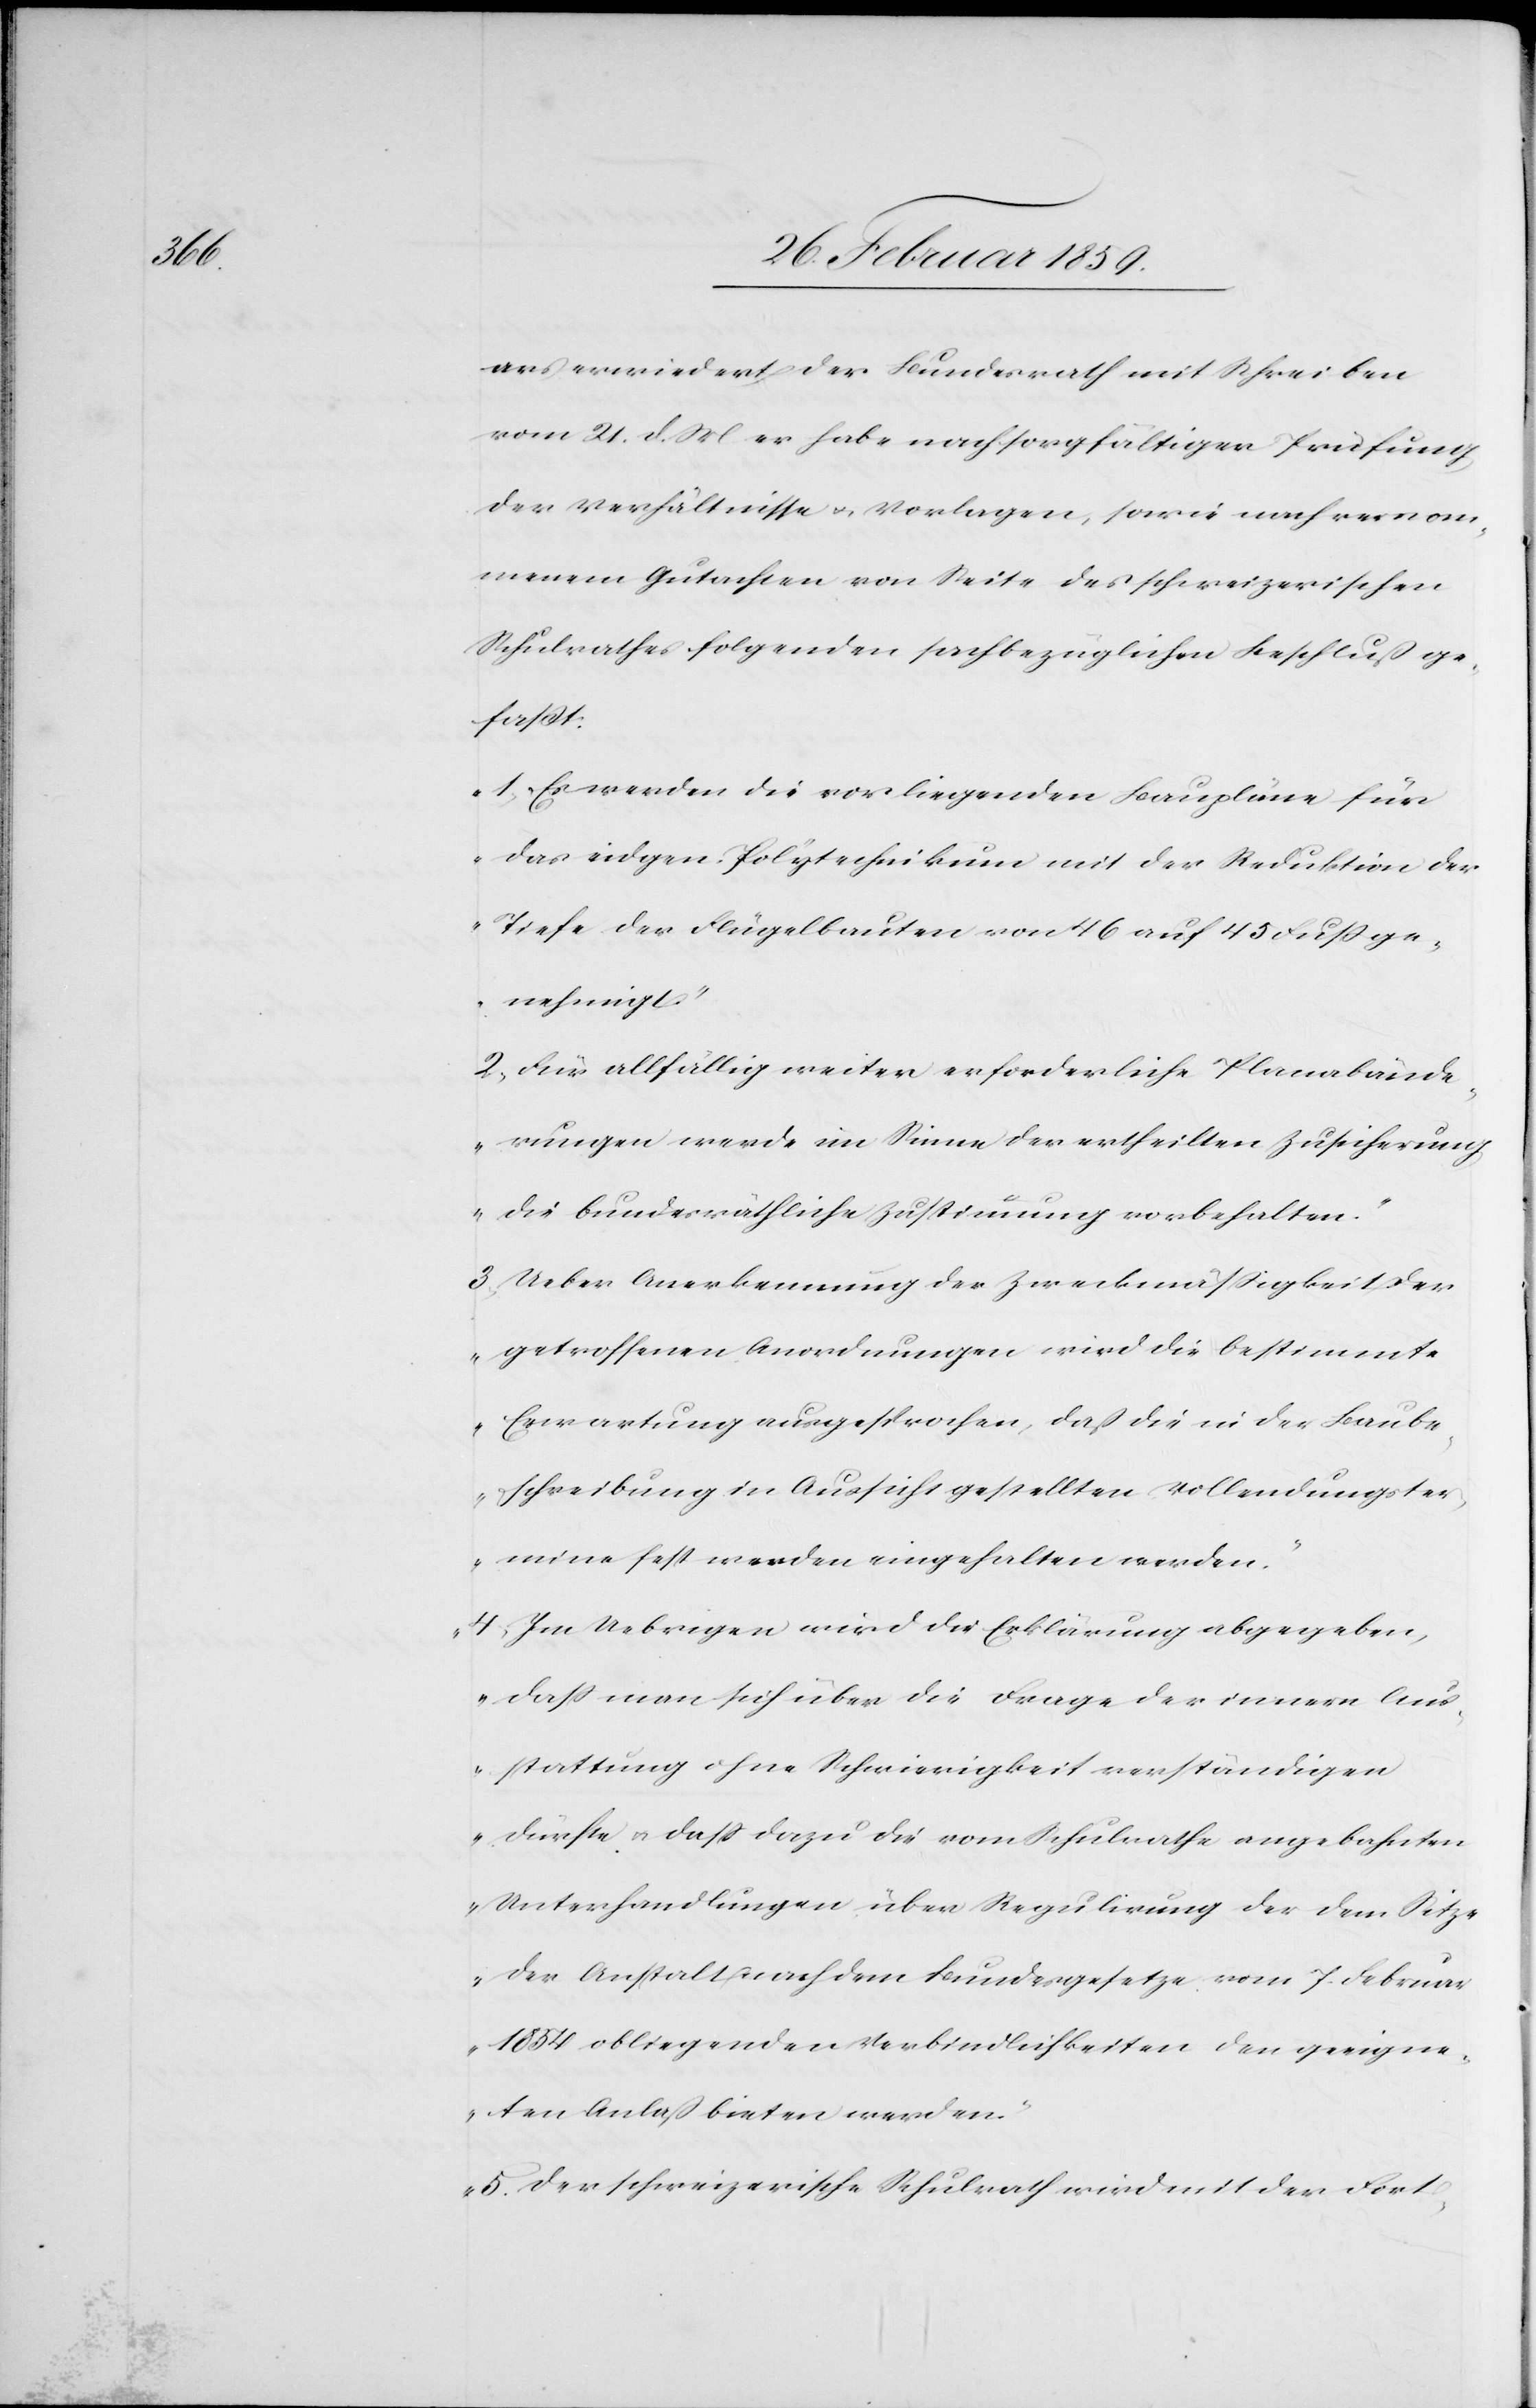
ars erwiedert der Bundesrath mit Schreiben
vom 21. d. M er habe nach sorgfältiger Prüfung
der Verhältnisse u. Vorlagen, sowie nach vernom¬
menem Gutachten von Seite des schweizerischen
Schulrathes folgenden sachbezüglichen Beschluß ge¬
faßt:
„1) Es werden die vorliegenden Baupläne für
das eidgen. Polytechnikum mit der Reduktion der
Tiefe der Flügelbauten von 46 auf 45 Fuß ge¬
nehmigt.“
[„]2) Für allfällig weiter erforderliche Planabände¬
rungen werde im Sinne der ertheilten Zusicherung
die bundesräthliche Zustimmung vorbehalten.“
[„]3) Ueber Anerkennung der Zweckmäßigkeit der
getroffenen Anordnungen wird die bestimmte
Erwartung ausgesprochen, daß die in der Baube¬
schreibung in Aussicht gestellten Vollendungster¬
mine fest werden eingehalten werden.“
„4) Im Uebrigen wird die Erklärung abgegeben,
daß man sich über die Frage der innern Aus¬
stattung ohne Schwierigkeit verständigen
dürfe u. daß dazu die vom Schulrathe angebahnten
Unterhandlungen über Regulierung der dem Sitze
der Anstalt nach dem Bundesgesetze vom 7. Februar
1854 obliegenden Verbindlichkeiten den geeigne¬
ten Anlaß bieten werden.“
„5) Der schweizerische Schulrath wird mit der Fort-